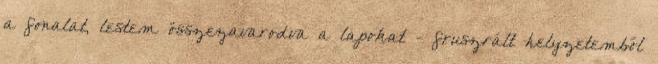
a fonalat, lestem összezavarodva a lapokat - fruszrált helyzetemből